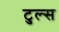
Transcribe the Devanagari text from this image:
टुल्स